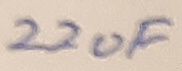
Text: 22uF